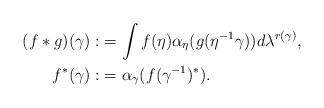
LaTeX: \begin{align*}(f*g)(\gamma):&=\int f(\eta)\alpha_{\eta}(g(\eta^{-1} \gamma)) d\lambda^{r(\gamma)}, \\ f^{*}(\gamma):&=\alpha_{\gamma}(f(\gamma^{-1})^{*}).\end{align*}